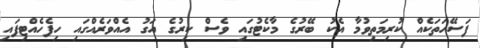
ފަސޭހަތަކެއް ކުރިމަތިވުމާ އެކު ބޭރުގެ މާކެޓުގައި ވެސް ކިރުގެ އަގު އެއްވަރެއްގައި ހިފެހެއްޓިފައި